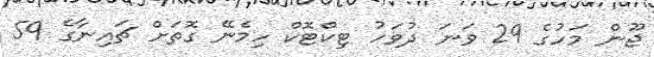
ޖޫން މަހުގެ 29 ވަނަ ދުވަހު ޓިކްޓޮކް ހިމެނޭ ގޮތަށް ޗައިނާގެ 59